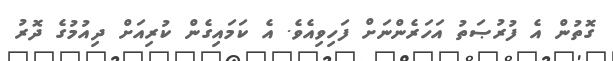
ގޮތުން އެ ފުރުޞަތު އަހަރެންނަށް ފަހިވިއެވެ. އެ ކަމައިގެން ކުރިއަށް ދިއުމުގެ ދޮރު